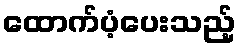
ထောက်ပံ့ပေးသည့်